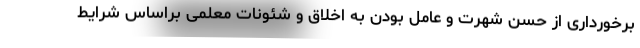
برخورداری از حسن شهرت و عامل بودن به اخلاق و شئونات معلمی براساس شرایط